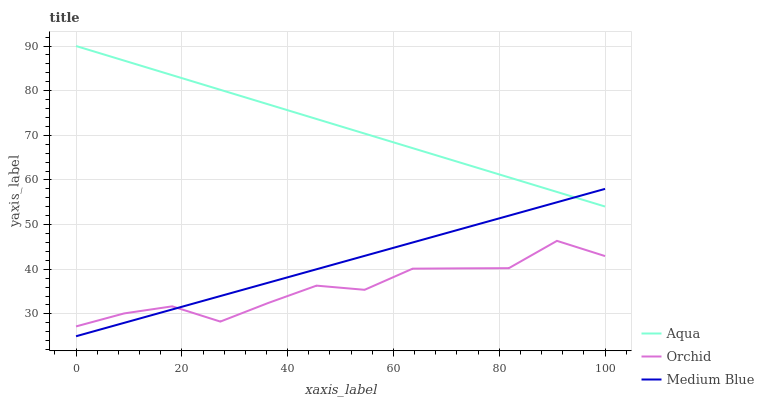
| xaxis_label | Aqua | Orchid | Medium Blue |
 | --- | --- | --- | --- |
 | 0 | 90 | 27.2 | 25 |
 | 9.09 | 86.7 | 30.1 | 28 |
 | 18.2 | 83.5 | 31.7 | 31 |
 | 27.3 | 80.2 | 28.3 | 34 |
 | 36.4 | 76.9 | 32.5 | 37 |
 | 45.5 | 73.7 | 36.3 | 40 |
 | 54.5 | 70.4 | 35.4 | 43 |
 | 63.6 | 67.1 | 40.1 | 46 |
 | 72.7 | 63.9 | 40.2 | 49 |
 | 81.8 | 60.6 | 40.2 | 52 |
 | 90.9 | 57.3 | 46.4 | 55 |
 | 100 | 54.1 | 43 | 58 |